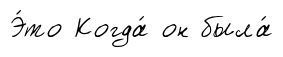
Э́то Когда́ он была́